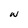
Character: W